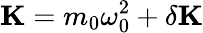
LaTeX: \mathbf{K}=m_{0}\omega_{0}^{2}+\delta\mathbf{K}